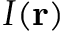
I ( \mathbf { r } )